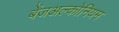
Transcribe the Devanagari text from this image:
बेंजअल्कोनियम